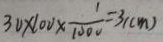
3 0 \times 1 0 0 \times \frac { 1 } { 1 0 0 0 } = 3 ( c m )